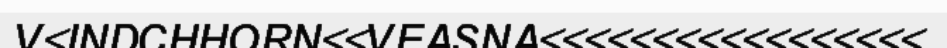
V<INDCHHORN<<VEASNA<<<<<<<<<<<<<<<<<